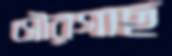
সৌরগাছ